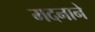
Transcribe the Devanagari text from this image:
मदनाने